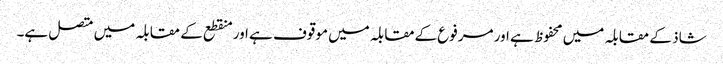
شاذ کے مقابلہ میں محفوظ ہے اور مرفوع کےمقابلہ میں موقوف ہے اور منقطع کے مقابلہ میں متصل ہے۔